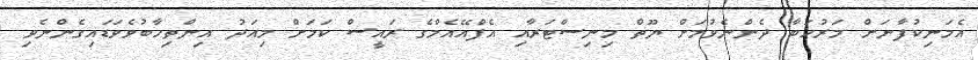
އެމަނިކުފާނަށް މަރުހަބާ ދެންނެވުމަށް ޔޫތް މިނިސްޓަރާއި އެފްއޭއެމްގެ ރައީސް ކަމަށް މިއަދު އިންތިހާބުވެވަޑައިގެންނެވި